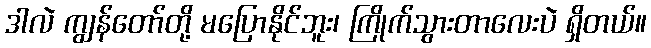
ဒါလဲ ကျွန်တော်တို့ မပြောနိုင်ဘူး၊ ကြိုက်သွားတာလေးပဲ ရှိတယ်။